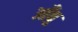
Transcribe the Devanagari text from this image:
आँबु